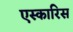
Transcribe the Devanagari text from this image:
एस्कारिस